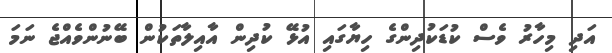
އަދި މިހާރު ވެސް ކުޑަކުދިންގެ ހިޔާގައި އުޅޭ ކުދިން އާއިލާތަކުން ބޭނުންވެއްޖެ ނަމަ